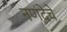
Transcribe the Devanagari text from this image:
नणंदेचे